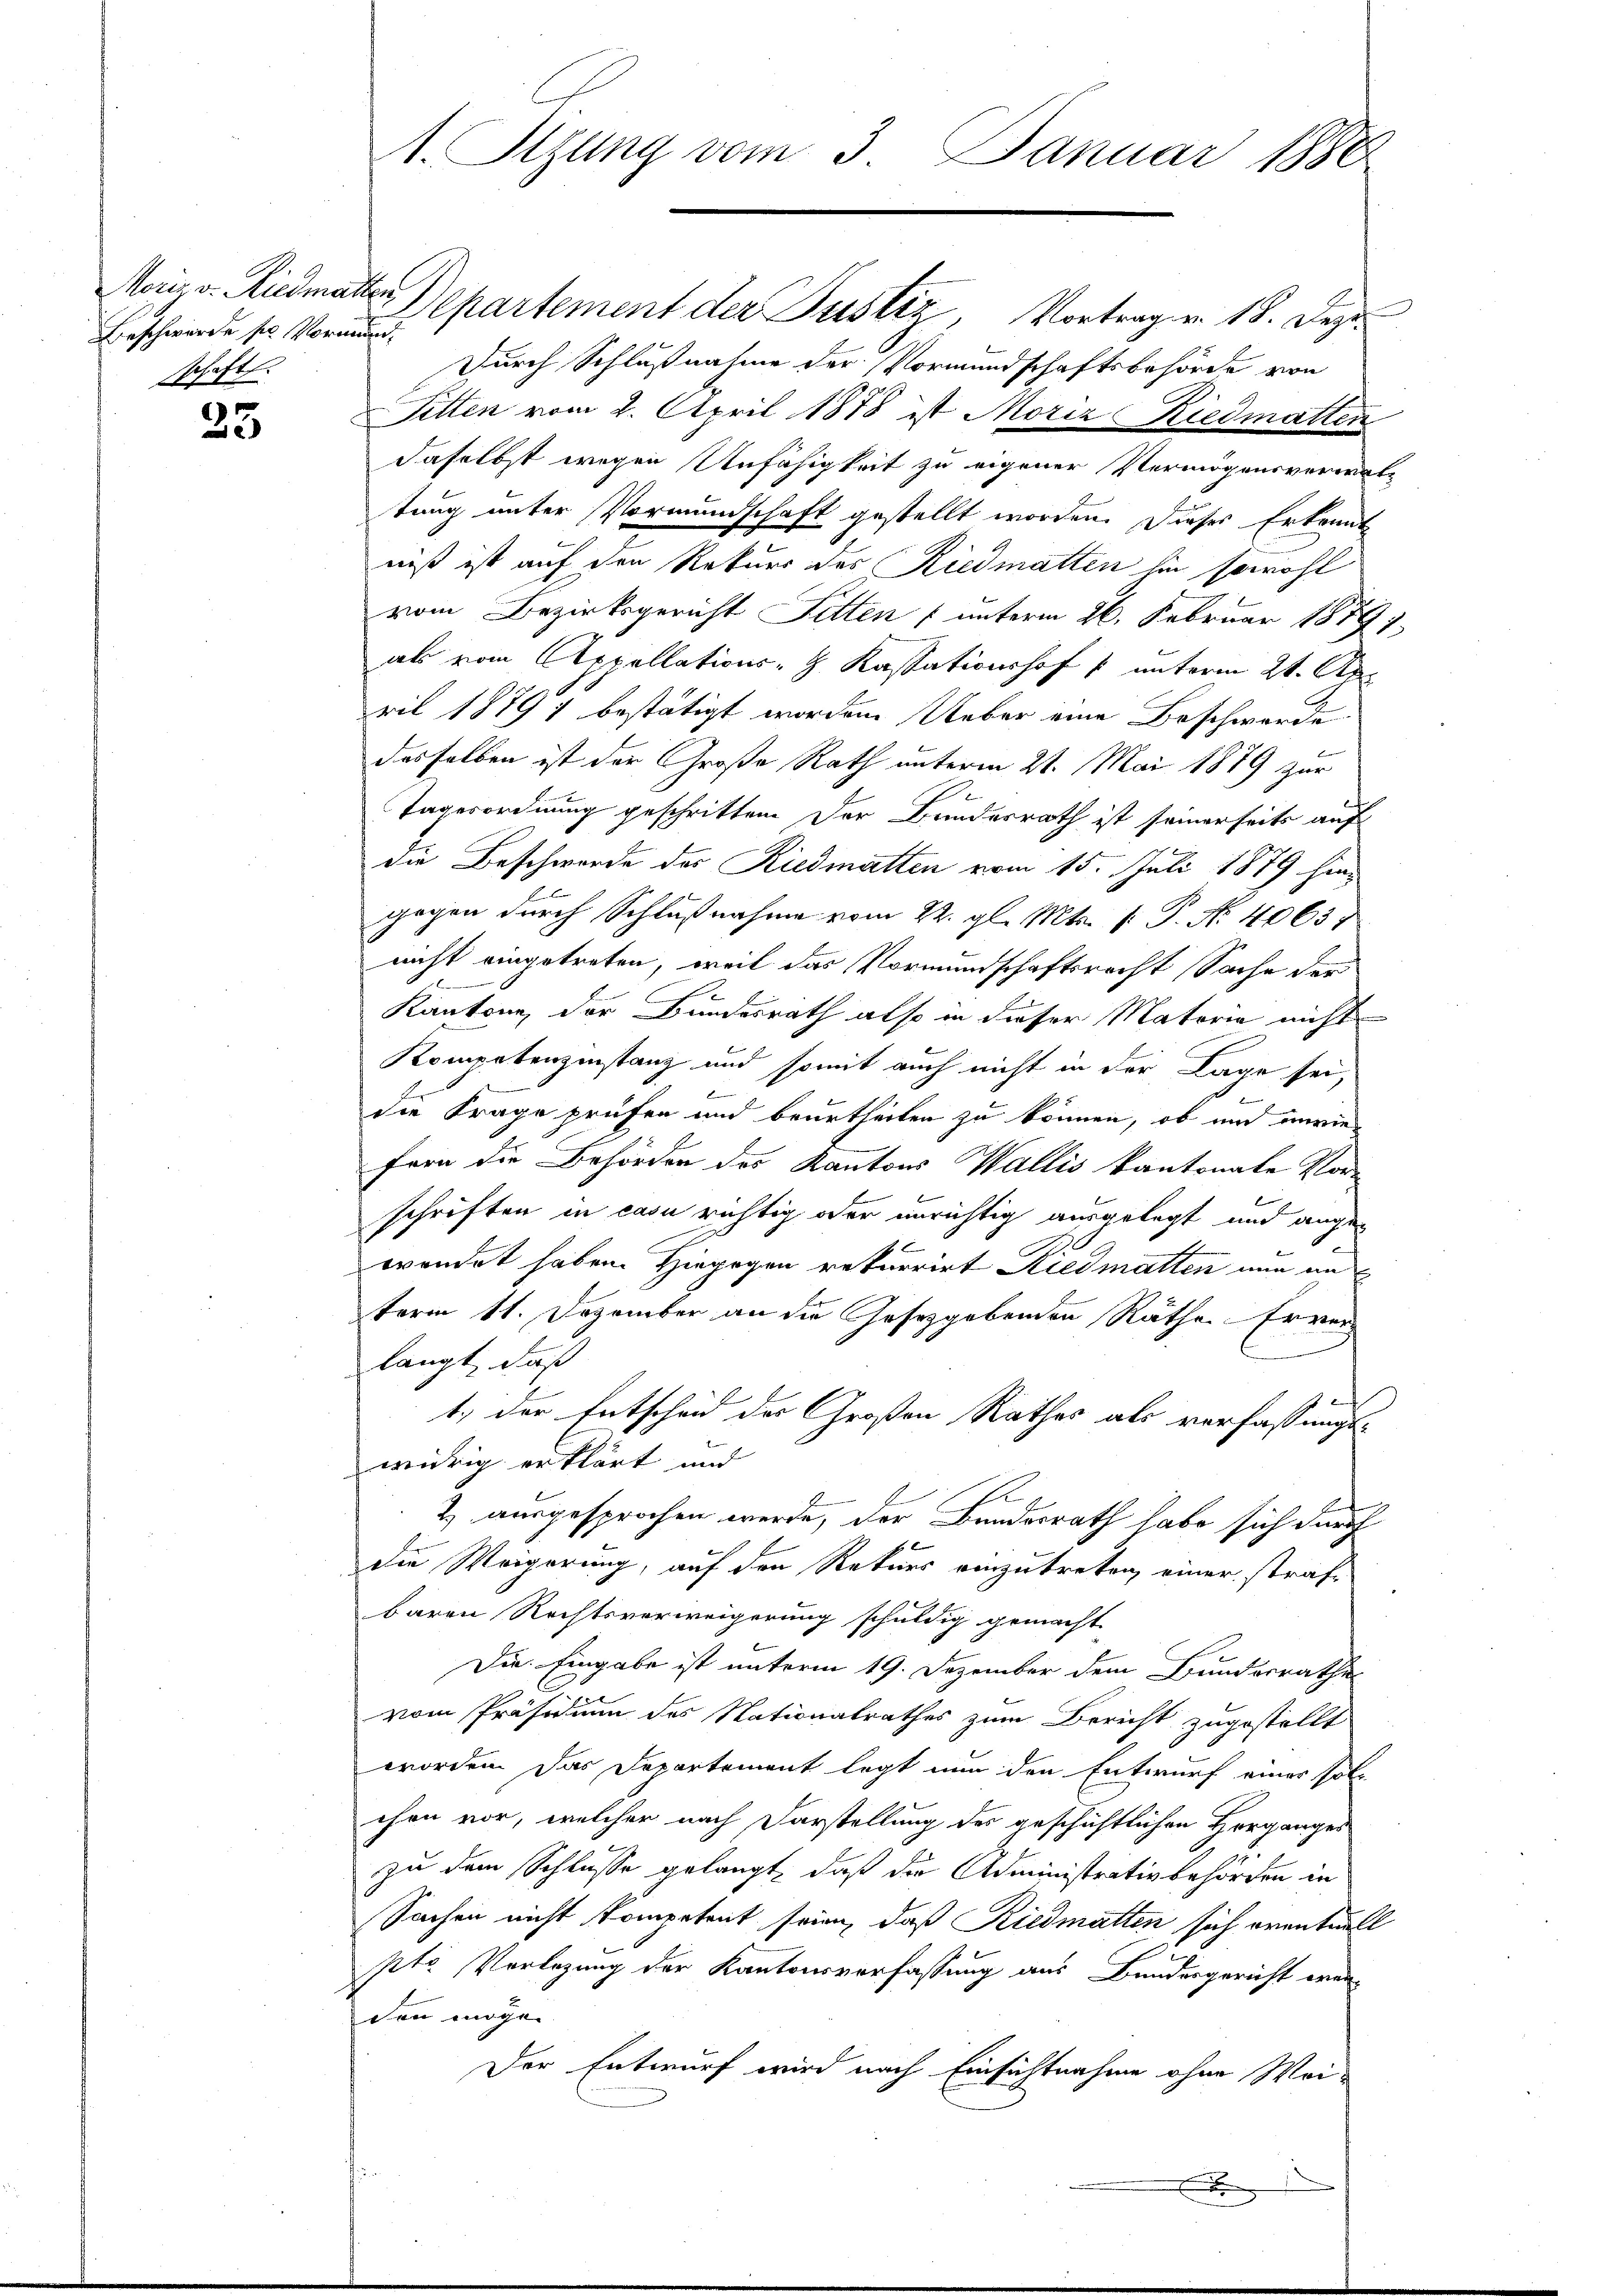
Beschwerde ser Vormund.
schaft.

35

1. Stzung vom 3. Januar 1888

Moi, v. Riedmatten Departement der Justiz, Vortrag v. 18. Deze
Durch Schlußnahme der Vormundschaftsbehörde von
Sitten vom 2. April 1878 ist Moriz Riedmatten
daselbst wegen Unfähigkeit zu eigener Vermögensverwaltung unter Vormundschaft gestellt worden. Dieses Erkennt
niß ist auf den Rekurs des Riedmatten hin sowohl
vom Bezirksgericht Sitten (unterm 26. Februar 18797.
als vom Appellations-G. Kassationshof u ŭnterm 21. Apr
ril 1879 f bestätigt worden. Ueber eine Beschwerde
desselben ist der Große Rath unterm 21. Mai 1879 zur
E
Tagesordnung geschritten der Bundesrath ist seinerseits auf
die Beschwerde des Riedmatten vom 15. Juli 1879 hingegen durch Schlußnahme vom 22. gl. Mts. 1. P. Nr. 4063
nicht eingetreten, weil das Vormundschaftsrecht Sache der
Kantone, der Bundesrath also in dieser Matoria nicht
Kompetenzinstanz und somit auch nicht in der Lage sei,
die Frage prüfen und beurtheilen zu können, ob und anrie
fern die Behörden des Kantons Wallis kantonale Vor-
schriften in casu richtig oder unrichtig ausgelegt und ange-
d
wendet haben. Hiegegen rekurrirt Riedmatten nun au
term 11. Dezember an die Gesetzgebenden Räthe. Er verlangt, daß

1., der Entscheid der Großen Rathes als verfassungs-
weidrig erklärt und
2.) ausgesprochen werde, der Bundesrath habe sich durch
f
die Weigerung, auf den Reters einzutreten einer strafe
baren Rechtsverweigerung schuldig gemacht
Die Eingabe ist unterm 19. Dezember dem Bunderrathes
vom Präsidium des Nationalrathes zum Bericht zugestellt
worden. Das Departement legt nun den Entwurf einer sol-
chen vor, welcher nach Darstellung des geschichtlichen Herganges
zu dem Schlusse gelangt, daß die Administrativbehörden in
Sachen nicht kompetent seien, daß Riedmatten sich eventuell
pto Verlegung der Kantonsverfassung aus Bundesgericht eranden möge.
Der Entwurf wird nach Einsichtnahme ohne Wei¬